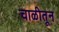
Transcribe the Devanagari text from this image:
चाळीतून